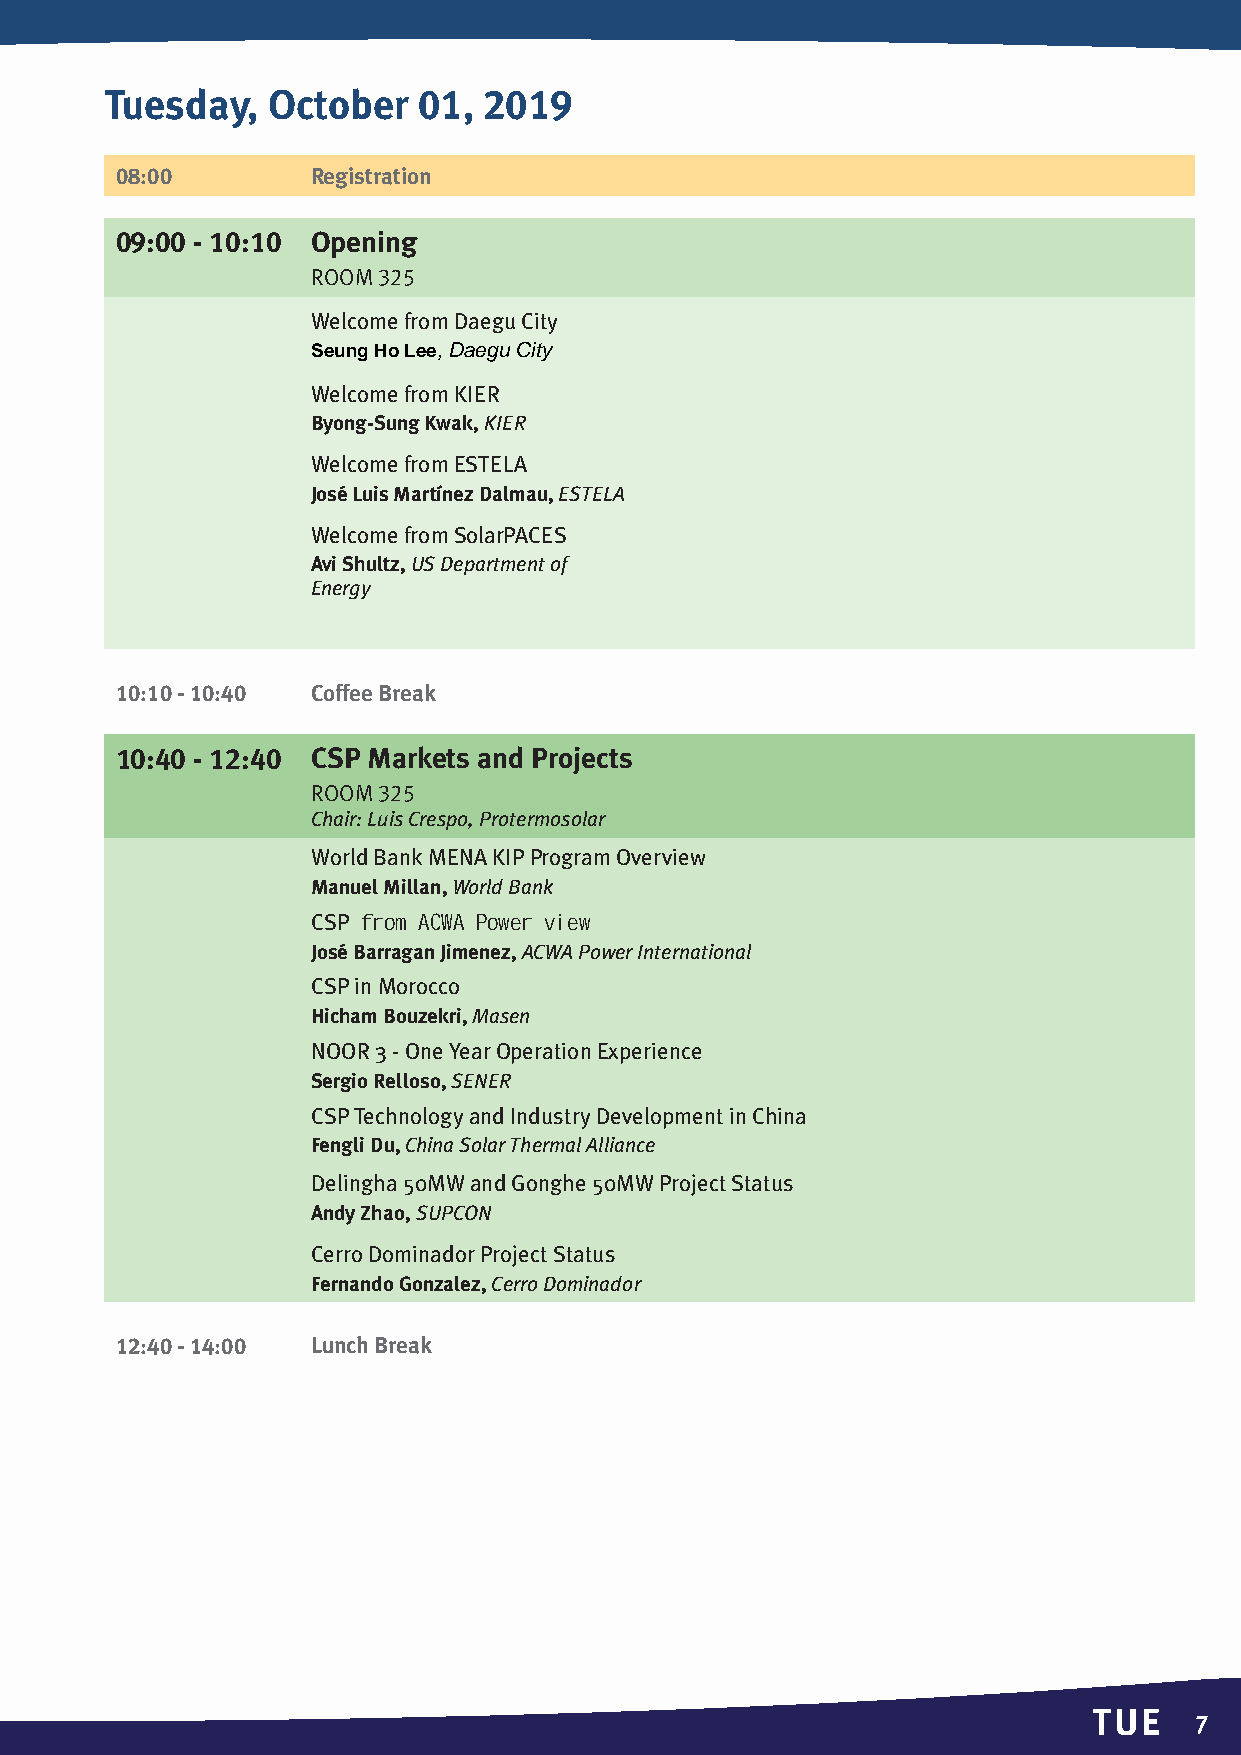
Tuesday,   October   01, 2019
 08:00       Registration
 09:00 - 10:10 Opening
 Room 325
 Welcome from Daegu City
 Seung Ho Lee, Daegu City
 Welcome from KIER
 Byong-Sung Kwak,KIER
 Welcome from ESTELA
 José Luis Martínez Dalmau,ESTELA
 Welcome from SolarPACES
 Avi Shultz,US Department of
 Energy
 10:10 - 10:40 Coffee Break
 10:40 - 12:40 CSP Markets and Projects
 Room325
 Chair: Luis Crespo, Protermosolar
 World Bank MENA KIP Program Overview
 Manuel Millan,World Bank
 CSP f rom ACW A Powe r view
 José Barragan Jimenez,ACWA Power International
 CSP in Morocco
 Hicham Bouzekri,Masen
 NOOR 3 - One Year Operation Experience
 Sergio Relloso,SENER
 CSP Technology and Industry Development in China
 Fengli Du, China Solar Thermal Alliance
 Delingha 50MW and Gonghe 50MW Project Status
 Andy Zhao, SUPCON
 Cerro Dominador Project Status
 Fernando Gonzalez, Cerro Dominador
 12:40 - 14:00 Lunch Break
 TUE
 7